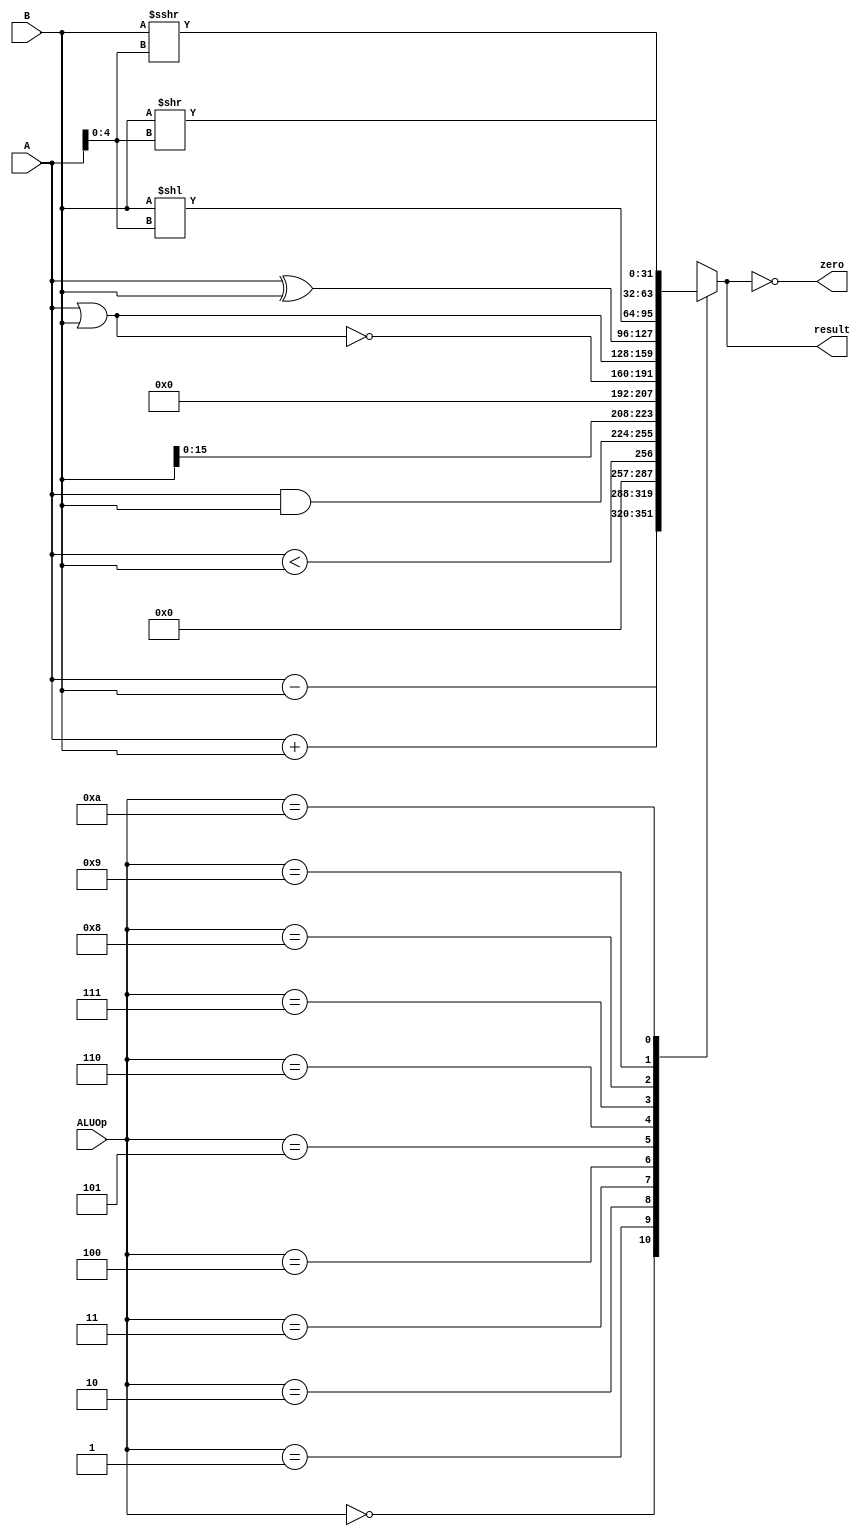
`timescale 1ns / 1ps

`define ALU_ADD_ 4'b0000
`define ALU_SUB_ 4'b0001
`define ALU_SLT_ 4'b0010
`define ALU_AND_ 4'b0011
`define ALU_LUI_ 4'b0100
`define ALU_NOR_ 4'b0101
`define ALU_OR_  4'b0110
`define ALU_XOR_ 4'b0111
`define ALU_SLL_ 4'b1000
`define ALU_SRA_ 4'b1001
`define ALU_SRL_ 4'b1010

module ALU(
	input [3:0] ALUOp,
	input [31:0] A,
	input [31:0] B,
	output reg zero,
	output reg [31:0] result
	);
	
	always@(ALUOp or A or B) begin
		case(ALUOp)
			/* arithmetic */
			`ALU_ADD_ : result = A + B;
			`ALU_SUB_ : result = A - B;
			`ALU_SLT_ : result = (A < B);
			/* logic */
			`ALU_AND_ : result = A & B;
			`ALU_LUI_ : result = {B[15:0], 16'b0};
			`ALU_NOR_ : result = ~(A | B);
			`ALU_OR_  : result = A | B;
			`ALU_XOR_ : result = A ^ B;
			/* shift */
			`ALU_SLL_ : result = B << A[4:0];
			`ALU_SRA_ : result = B >>> A[4:0];
			`ALU_SRL_ : result = B >> A[4:0];
			default : result = 32'bx;
		endcase
		zero = (result == 32'b0);
	end
	
endmodule